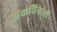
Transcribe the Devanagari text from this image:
अंकचिन्हाची